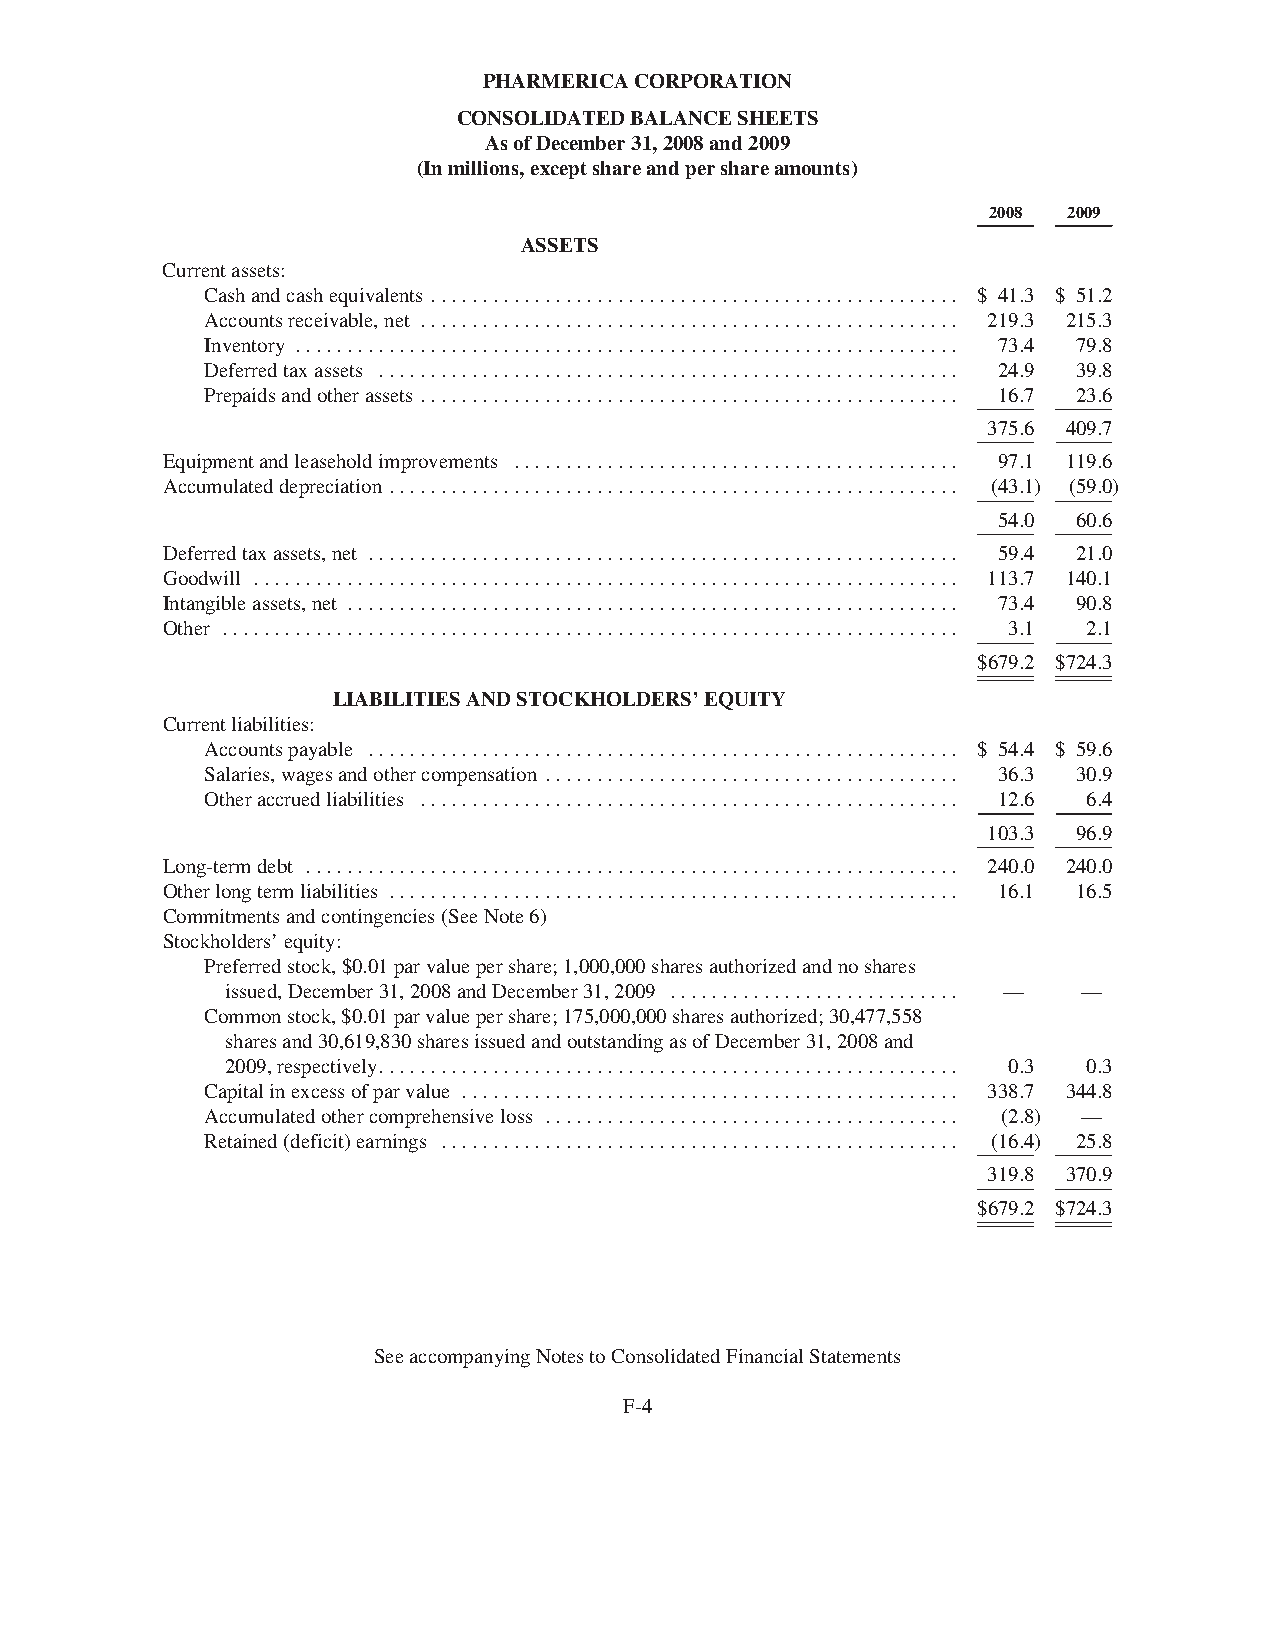
PHARMERICACORPORATION
 CONSOLIDATEDBALANCESHEETS
 AsofDecember31,2008and2009
 (Inmillions,exceptshareandpershareamounts)
 2008  2009
 ASSETS
 Currentassets:
 Cashandcashequivalents ................................................... $ 41.3 $ 51.2
 Accountsreceivable,net .................................................... 219.3 215.3
 Inventory ................................................................ 73.4 79.8
 Deferredtaxassets ........................................................ 24.9 39.8
 Prepaidsandotherassets .................................................... 16.7 23.6
 375.6 409.7
 Equipmentandleaseholdimprovements ........................................... 97.1 119.6
 Accumulateddepreciation ....................................................... (43.1) (59.0)
 54.0 60.6
 Deferredtaxassets,net ......................................................... 59.4 21.0
 Goodwill .................................................................... 113.7 140.1
 Intangibleassets,net ........................................................... 73.4 90.8
 Other ....................................................................... 3.1 2.1
 $679.2 $724.3
 LIABILITIESANDSTOCKHOLDERS’EQUITY
 Currentliabilities:
 Accountspayable ......................................................... $ 54.4 $ 59.6
 Salaries,wagesandothercompensation ........................................ 36.3 30.9
 Otheraccruedliabilities .................................................... 12.6 6.4
 103.3 96.9
 Long-termdebt ............................................................... 240.0 240.0
 Otherlongtermliabilities ....................................................... 16.1 16.5
 Commitmentsandcontingencies(SeeNote6)
 Stockholders’equity:
 Preferredstock,$0.01parvaluepershare;1,000,000sharesauthorizedandnoshares
 issued,December31,2008andDecember31,2009 ............................ — —
 Commonstock,$0.01parvaluepershare;175,000,000sharesauthorized;30,477,558
 sharesand30,619,830sharesissuedandoutstandingasofDecember31,2008and
 2009,respectively........................................................ 0.3 0.3
 Capitalinexcessofparvalue ................................................ 338.7 344.8
 Accumulatedothercomprehensiveloss ........................................ (2.8) —
 Retained(deficit)earnings .................................................. (16.4) 25.8
 319.8 370.9
 $679.2 $724.3
 SeeaccompanyingNotestoConsolidatedFinancialStatements
 F-4